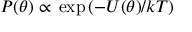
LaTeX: P ( \theta ) \propto { } \exp \left( - U ( \theta ) / k T \right)